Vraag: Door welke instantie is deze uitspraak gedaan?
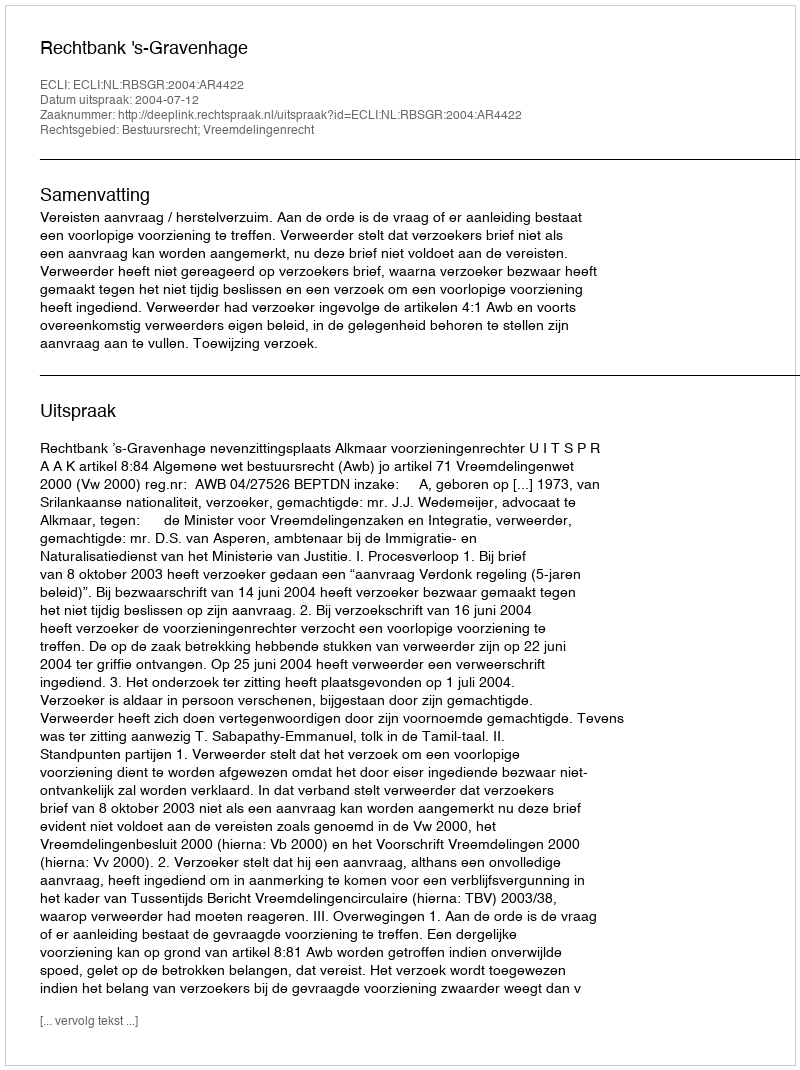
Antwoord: Rechtbank 's-Gravenhage